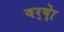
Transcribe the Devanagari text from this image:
वर्ष्‍ेा